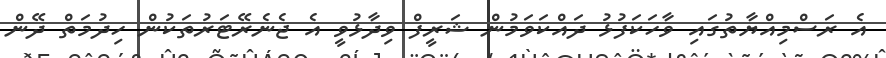
އެ ރަސްމިއްޔާތުގައި ވާހަކަފުޅު ދައްކަވަމުން ޝަރީފް ވިދާޅުވީ އެ ޖެނެރޭޓަރުތަކުން ހިދުމަތް ދޭން